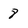
Character: 8